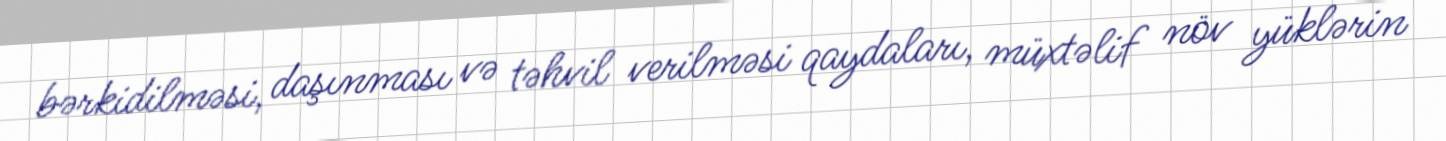
bərkidilməsi, daşınması və təhvil verilməsi qaydaları, müxtəlif növ yüklərin